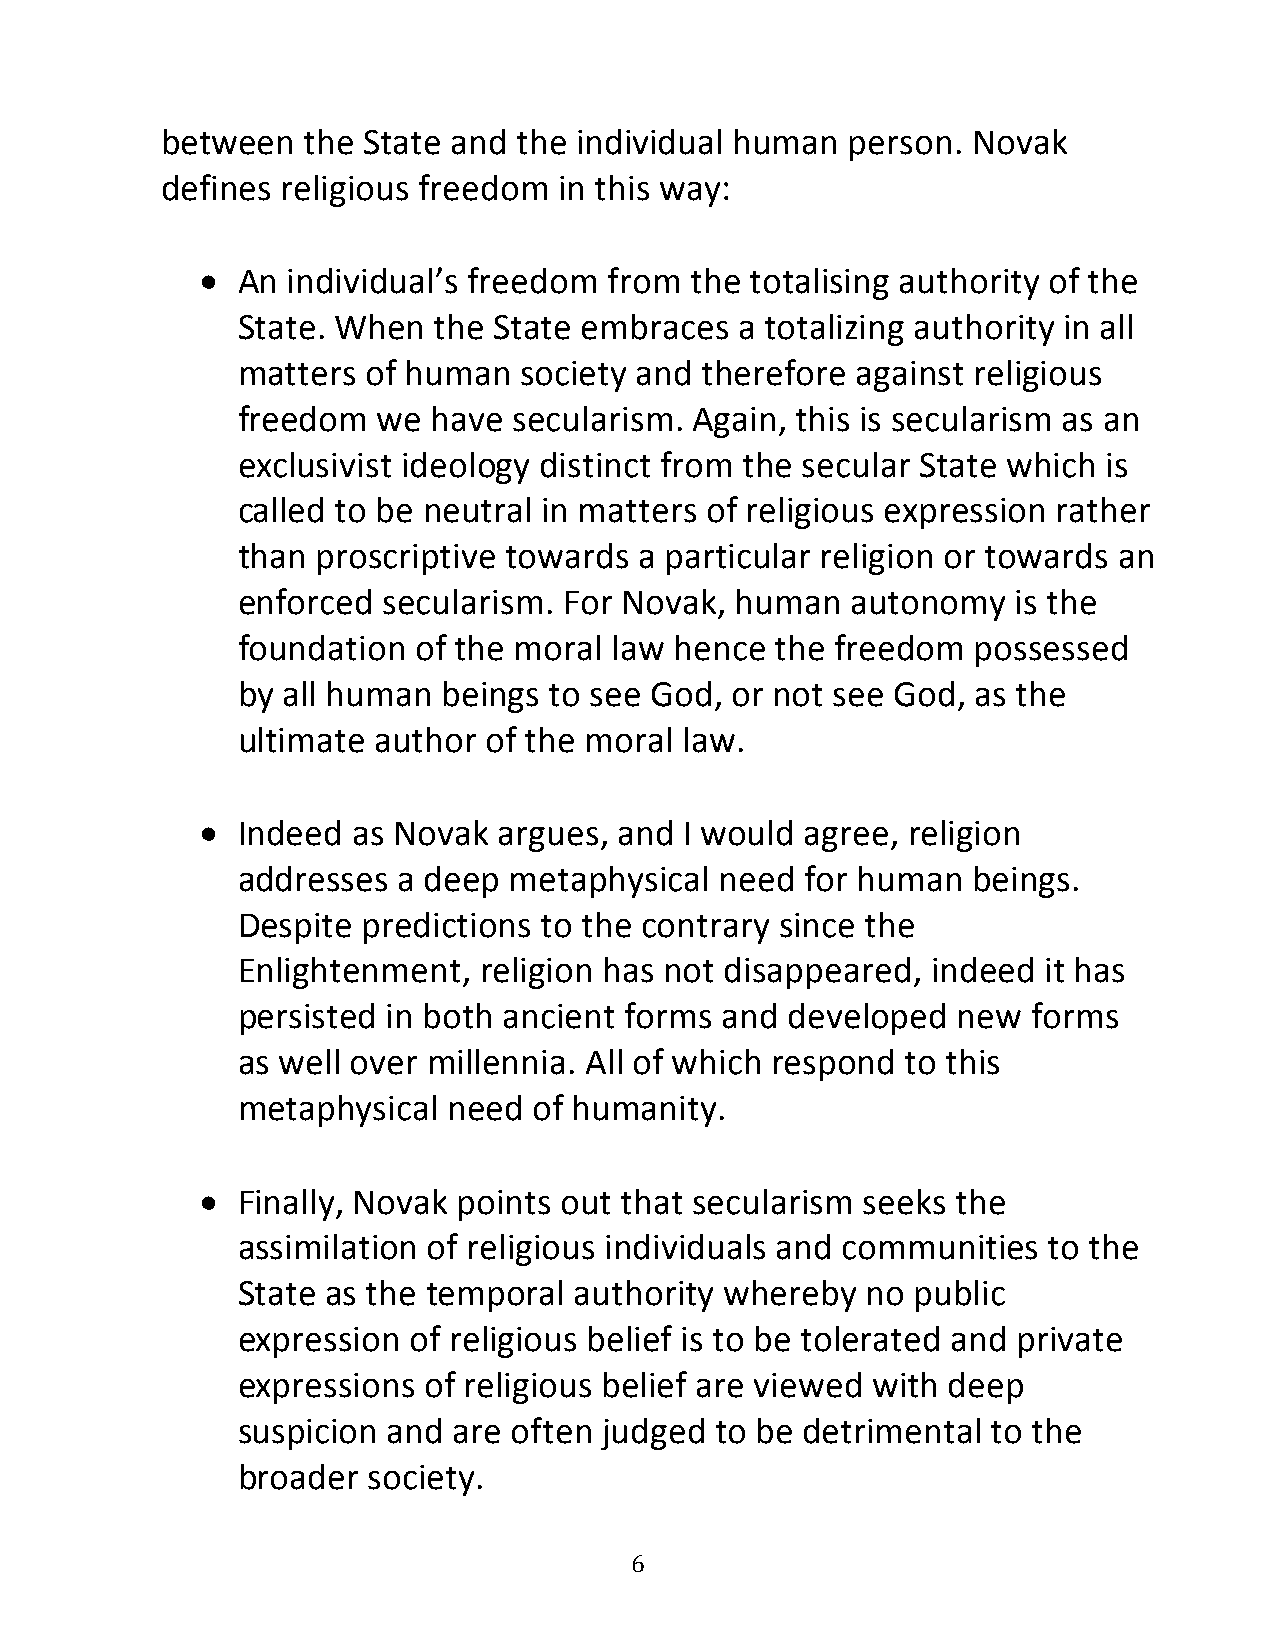
between  the State and the individual human  person. Novak
 defines religious freedom in this way:
   An individual’s freedom from  the totalising authority of the
 State. When  the State embraces  a totalizing authority in all
 matters of human  society and therefore  against religious
 freedom  we  have secularism. Again, this is secularism as an
 exclusivist ideology distinct from the secular State which is
 called to be neutral in matters of religious expression rather
 than proscriptive towards a particular religion or towards an
 enforced secularism. For Novak,  human  autonomy   is the
 foundation of the moral  law hence the freedom   possessed
 by all human beings to see God, or not see God,  as the
 ultimate author of the moral law.
   Indeed as Novak  argues, and I would agree, religion
 addresses a deep  metaphysical  need for human  beings.
 Despite predictions to the contrary since the
 Enlightenment,  religion has not disappeared, indeed it has
 persisted in both ancient forms and developed  new  forms
 as well over millennia. All of which respond to this
 metaphysical  need of humanity.
   Finally, Novak points out that secularism seeks the
 assimilation of religious individuals and communities to the
 State as the temporal authority whereby  no  public
 expression of religious belief is to be tolerated and private
 expressions of religious belief are viewed with deep
 suspicion and are often judged to be detrimental  to the
 broader society.
 6